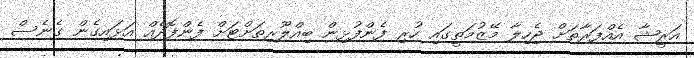
އަރީޝާ އެއްފަރާތަށް ޖެހިލާ މޭޒުމަތީގައި ހުރި ފެންފުޅިން ބިއްލޫރިތަށްޓަށް ފެންފޮދެއް އަޅައިގެން ގެނެސް